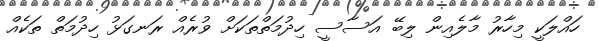
ހައްލަކީ މިހާރު މާލެއިން ލިބޭ އަސާސީ ހިދުމަތްތަކަށް ވުރެއް ރަނގަޅު ހިދުމަތް ތަކެއް